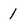
Character: 1